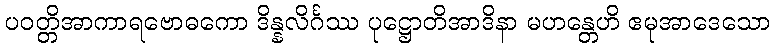
ပဝတ္တိအာကာရဗောဓကော ဒိန္နလိင်္ဂဿ ပုဋ္ဌောတိအာဒိနာ မဟန္တေဟိ ဧမုအာဒေသော